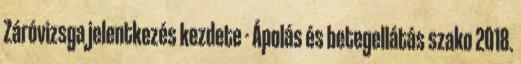
Záróvizsga jelentkezés kezdete - Ápolás és betegellátás szako 2018.